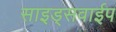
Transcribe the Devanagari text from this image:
साइड्सवाईप